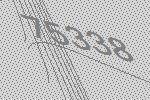
75338